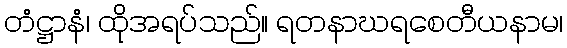
တံဋ္ဌာနံ၊ ထိုအရပ်သည်။ ရတနာဃရစေတီယနာမ၊